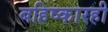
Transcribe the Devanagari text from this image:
बहिष्कारही